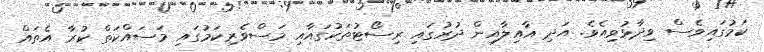
ކަމުގައިވެސް ވިދާޅުވިއެވެ. އަދި އާއިލާއިން ދުރުގައި ރިސޯޓުތަކުގައާއި މަސްވެރިކަމުގައި މަސައްކަތް ކުރާ އެތައް